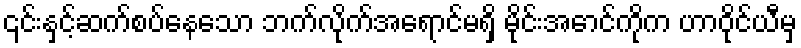
၎င်းနှင့်ဆက်စပ်နေသော ဘက်လိုက်အရောင်မရှိ မိုင်းအောင်ကိုက ဟာဝိုင်ယီမှ